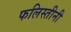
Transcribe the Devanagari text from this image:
फलिस्तीनी